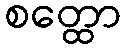
စတ္ထော